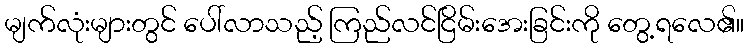
မျက်လုံးများတွင် ပေါ်လာသည့် ကြည်လင်ငြိမ်းအေးခြင်းကို တွေ့ရလေ၏။